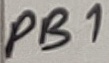
Text: PB1